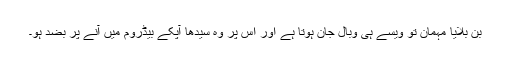
بن بلایا مہمان تو ویسے ہی وبال جان ہوتا ہے اور اس پر وہ سیدھا آپکے بیڈروم میں آنے پر بضد ہو۔